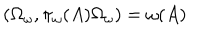
LaTeX: \left( \Omega _ { \omega } , \pi _ { \omega } ( A ) \Omega _ { \omega } \right) = \omega ( A )